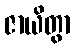
ဇာယိတွာ